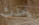
يحدث